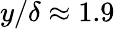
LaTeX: y/\delta\approx 1.9